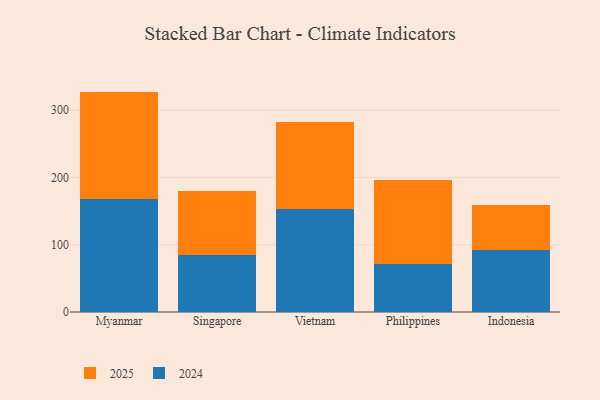
{"axis": {"x": "Country", "y": "Energy Usage (MWh)"}, "legend": ["2024", "2025"], "data": [{"x": "Myanmar", "y": 159.3, "type": "2025"}, {"x": "Myanmar", "y": 168.4, "type": "2024"}, {"x": "Singapore", "y": 95.3, "type": "2025"}, {"x": "Singapore", "y": 84.8, "type": "2024"}, {"x": "Vietnam", "y": 128.6, "type": "2025"}, {"x": "Vietnam", "y": 153.3, "type": "2024"}, {"x": "Philippines", "y": 124.7, "type": "2025"}, {"x": "Philippines", "y": 71.0, "type": "2024"}, {"x": "Indonesia", "y": 67.6, "type": "2025"}, {"x": "Indonesia", "y": 91.7, "type": "2024"}]}